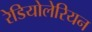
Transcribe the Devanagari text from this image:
रेडियोलेरियन